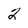
Character: 2